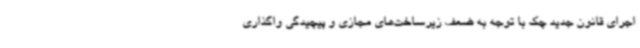
اجرای قانون جدید چک با توجه به ضعف زیرساخت‌های مجازی و پیچیدگی واگذاری